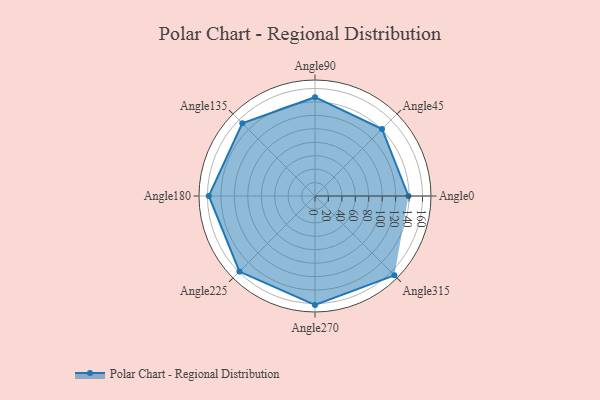
{"axis": {"x": "Angle", "y": "Radius"}, "legend": [""], "data": [{"x": "Angle0", "y": 139.0, "type": ""}, {"x": "Angle45", "y": 141.0, "type": ""}, {"x": "Angle90", "y": 147.0, "type": ""}, {"x": "Angle135", "y": 153.0, "type": ""}, {"x": "Angle180", "y": 158.0, "type": ""}, {"x": "Angle225", "y": 159.0, "type": ""}, {"x": "Angle270", "y": 162.0, "type": ""}, {"x": "Angle315", "y": 167.0, "type": ""}]}